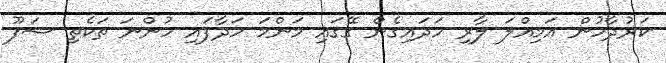
ކަރުދާހުން އަމިއްލަ ލާރި ހަދައިގެން ގޭގައި މަންމަ ހަދާފައި ހުންނަ ތަކެތި ޝަފޫ